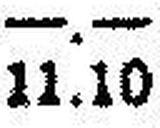
11.10